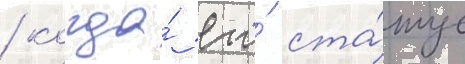
/ когда́ его́ ста́тус